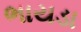
ભાયડા